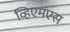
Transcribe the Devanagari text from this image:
व्हिएमएस